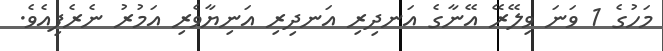
މަހުގެ 1 ވަނަ ވިލޭރޭ އޭނާގެ އަނދިރި އަނދިރި އަނިޔާވެރި އަމުރު ނެރެފިއެވެ.